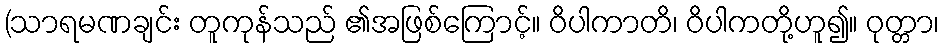
(သာရမဏချင်း တူကုန်သည် ၏အဖြစ်ကြောင့်။ ဝိပါကာတိ၊ ဝိပါကတို့ဟူ၍။ ဝုတ္တာ၊